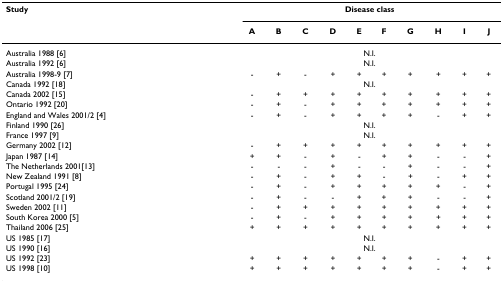
<table><thead><tr><td colspan="2"><b>Study</b></td><td colspan="10"><b>Disease class</b></td></tr><tr><td colspan="2"></td><td><b>A</b></td><td><b>B</b></td><td><b>C</b></td><td><b>D</b></td><td><b>E</b></td><td><b>F</b></td><td><b>G</b></td><td><b>H</b></td><td><b>I</b></td><td><b>J</b></td></tr></thead><tbody><tr><td colspan="2">Australia 1988 [6]</td><td colspan="10">N.I.</td></tr><tr><td colspan="2">Australia 1992 [6]</td><td colspan="10">N.I.</td></tr><tr><td colspan="2">Australia 1998-9 [7]</td><td>-</td><td>+</td><td>-</td><td>+</td><td>+</td><td>+</td><td>+</td><td>+</td><td>+</td><td>+</td></tr><tr><td colspan="2">Canada 1992 [18]</td><td colspan="10">N.I.</td></tr><tr><td colspan="2">Canada 2002 [15]</td><td>-</td><td>+</td><td>+</td><td>+</td><td>+</td><td>+</td><td>+</td><td>+</td><td>+</td><td>+</td></tr><tr><td colspan="2">Ontario 1992 [20]</td><td>-</td><td>+</td><td>-</td><td>+</td><td>+</td><td>+</td><td>+</td><td>+</td><td>+</td><td>+</td></tr><tr><td colspan="2">England and Wales 2001/2 [4]</td><td>-</td><td>+</td><td>-</td><td>+</td><td>+</td><td>+</td><td>+</td><td>-</td><td>+</td><td>+</td></tr><tr><td colspan="2">Finland 1990 [26]</td><td colspan="10">N.I.</td></tr><tr><td colspan="2">France 1997 [9]</td><td colspan="10">N.I.</td></tr><tr><td colspan="2">Germany 2002 [12]</td><td>-</td><td>+</td><td>+</td><td>+</td><td>+</td><td>+</td><td>+</td><td>+</td><td>+</td><td>+</td></tr><tr><td colspan="2">Japan 1987 [14]</td><td>+</td><td>+</td><td>-</td><td>+</td><td>-</td><td>+</td><td>+</td><td>-</td><td>-</td><td>+</td></tr><tr><td colspan="2">The Netherlands 2001[13]</td><td>-</td><td>-</td><td>-</td><td>+</td><td>-</td><td>-</td><td>+</td><td>-</td><td>-</td><td>+</td></tr><tr><td colspan="2">New Zealand 1991 [8]</td><td>-</td><td>+</td><td>-</td><td>+</td><td>+</td><td>-</td><td>+</td><td>-</td><td>+</td><td>+</td></tr><tr><td colspan="2">Portugal 1995 [24]</td><td>-</td><td>+</td><td>-</td><td>+</td><td>+</td><td>+</td><td>+</td><td>+</td><td>-</td><td>+</td></tr><tr><td colspan="2">Scotland 2001/2 [19]</td><td>-</td><td>+</td><td>-</td><td>-</td><td>+</td><td>+</td><td>+</td><td>-</td><td>-</td><td>+</td></tr><tr><td colspan="2">Sweden 2002 [11]</td><td>-</td><td>+</td><td>+</td><td>+</td><td>+</td><td>+</td><td>+</td><td>+</td><td>+</td><td>+</td></tr><tr><td colspan="2">South Korea 2000 [5]</td><td>-</td><td>+</td><td>-</td><td>+</td><td>+</td><td>+</td><td>+</td><td>+</td><td>+</td><td>+</td></tr><tr><td colspan="2">Thailand 2006 [25]</td><td>+</td><td>+</td><td>+</td><td>+</td><td>+</td><td>+</td><td>+</td><td>+</td><td>+</td><td>+</td></tr><tr><td colspan="2">US 1985 [17]</td><td colspan="10">N.I.</td></tr><tr><td colspan="2">US 1990 [16]</td><td colspan="10">N.I.</td></tr><tr><td colspan="2">US 1992 [23]</td><td>+</td><td>+</td><td>+</td><td>+</td><td>+</td><td>+</td><td>+</td><td>-</td><td>+</td><td>+</td></tr><tr><td colspan="2">US 1998 [10]</td><td>+</td><td>+</td><td>+</td><td>+</td><td>+</td><td>+</td><td>+</td><td>-</td><td>+</td><td>+</td></tr></tbody></table>